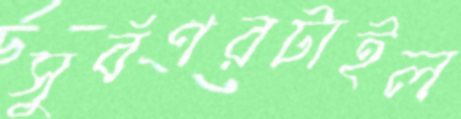
সুর্বণরটাইল